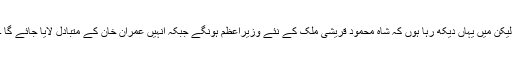
لیکن میں یہاں دیکھ رہا ہوں کہ شاہ محمود قریشی ملک کے نئے وزیراعظم ہونگے جبکہ انہیں عمران خان کے متبادل لایا جائے گا ۔